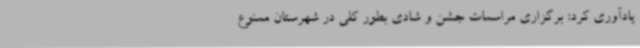
یادآوری کرد: برگزاری مراسمات جشن و شادی بطور کلی در شهرستان ممنوع